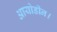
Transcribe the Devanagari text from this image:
आयोडीन।